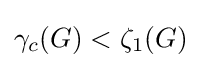
\gamma _{c}(G)<\zeta _{1}(G)